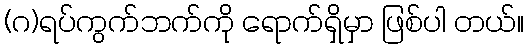
(ဂ)ရပ်ကွက်ဘက်ကို ရောက်ရှိမှာ ဖြစ်ပါ တယ်။